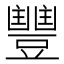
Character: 𮙘